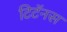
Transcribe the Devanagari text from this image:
टिटॅनस